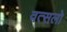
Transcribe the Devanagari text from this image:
वत्सलो